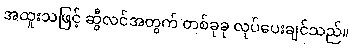
အထူးသဖြင့် ဆွီလင်အတွက် တစ်ခုခု လုပ်ပေးချင်သည်။